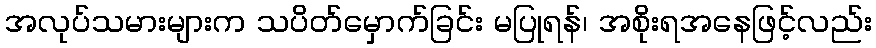
အလုပ်သမားများက သပိတ်မှောက်ခြင်း မပြုရန်၊ အစိုးရအနေဖြင့်လည်း